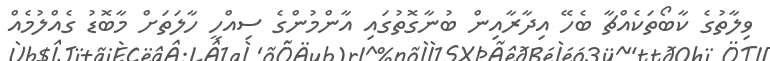
ވިލާތުގެ ކާބޯތަކެއްޗާ ބެހޭ އިދާރާއިން ބުނާގޮތުގައި އާންމުންގެ ސިއްހީ ހާލަތަށް މާބޮޑު ގެއްލުމެއް